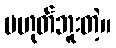
မဟုတ်ဘူးတဲ့။